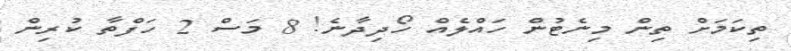
ތިކަމަށް ތިން މިނެޓުން ހައްލެއް ހޯދިދާނެ! 8 މަސް 2 ހަފްތާ ކުރިން